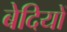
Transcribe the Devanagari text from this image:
बेदियों